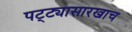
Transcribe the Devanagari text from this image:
पट्ट्यासारखाच